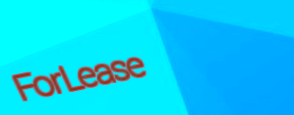
ForLease